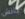
بانش